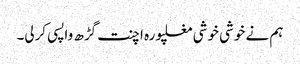
ہم نے خوشی خوشی مغلپورہ اچنت گڑھ واپسی کرلی۔